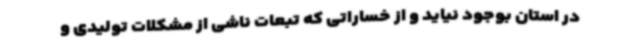
در استان بوجود نیاید و از خساراتی که تبعات ناشی از مشکلات تولیدی و